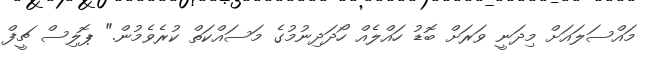
މައްސަލައަށް މިދަނީ ވަރަށް ބޮޑު ހައްލެއް ހޯދަދިނުމުގެ މަސައްކަތް ކުރެވެމުން." ޕޮލިސް ޗީފް